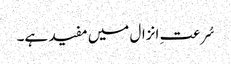
سُرعتِ انزال میں مفید ہے۔